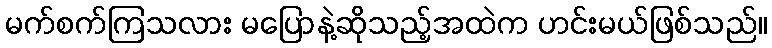
မက်စက်ကြသလား မပြောနဲ့ဆိုသည့်အထဲက ဟင်းမယ်ဖြစ်သည်။